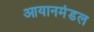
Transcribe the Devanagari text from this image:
आयानमंडल